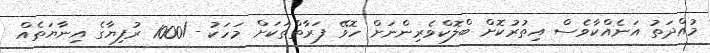
މުއްދަތު އަނެއްކާވެސް އިތުރުކޮށް ބްލޮކްވެރިންނަށް ހޮވޭ ފަރާތްތަކަށް މަހަކު -/1000 ރުފިޔާގެ އިނާޔަތެއް